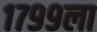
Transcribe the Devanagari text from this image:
१७९९ला